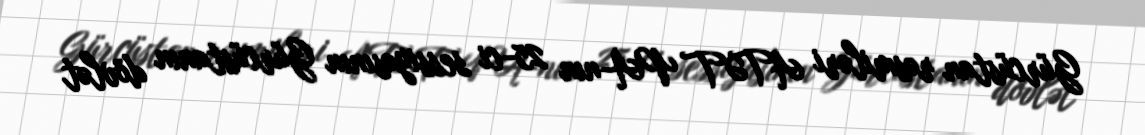
Gürcüstan rəsmiləri ATƏT PA-nın 25-ci sessiyasının Gürcüstanın dövlət